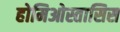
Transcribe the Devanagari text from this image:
होमिओस्तासिस